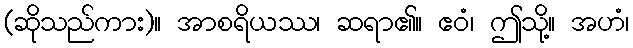
(ဆိုသည်ကား)။ အာစရိယဿ၊ ဆရာ၏။ ဧဝံ၊ ဤသို့။ အဟံ၊